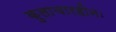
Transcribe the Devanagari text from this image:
कुलाचारहीनः